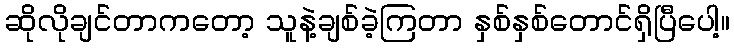
ဆိုလိုချင်တာကတော့ သူနဲ့ချစ်ခဲ့ကြတာ နှစ်နှစ်တောင်ရှိပြီပေါ့။